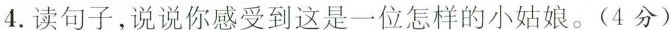
4.读句子，说说你感受到这是一位怎样的小姑娘。(4分)